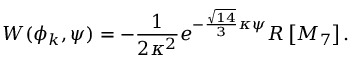
{ W ( \phi _ { k } , \psi ) = - \frac { 1 } { 2 \kappa ^ { 2 } } e ^ { - \frac { \sqrt { 1 4 } } { 3 } \kappa \psi } R \left[ M _ { 7 } \right] . }